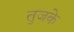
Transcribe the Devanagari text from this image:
तुजके